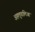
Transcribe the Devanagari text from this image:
अहलूवालिआ